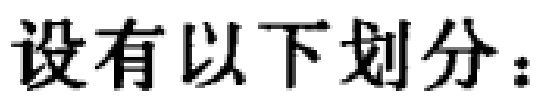
设有以下划分：